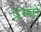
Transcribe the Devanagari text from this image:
द्रम्मों